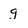
Character: g